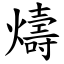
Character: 燽